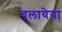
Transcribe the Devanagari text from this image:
चलायेगा